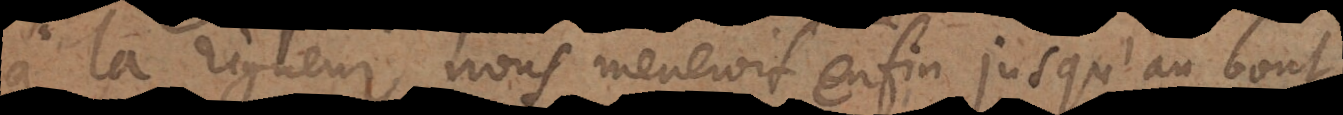
à la rigueur nous meneroit enfin jusqu’au bout,